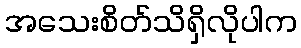
အသေးစိတ်သိရှိလိုပါက